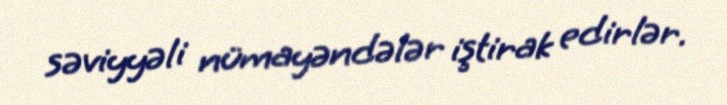
səviyyəli nümayəndələr iştirak edirlər.